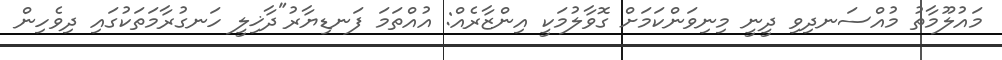
މައުލޫމާތު މުއްސަނދިވި ދީނީ މިނިވަންކަމަށް ގޮވާލުމަކީ އިންޒާރެއް: އުއްތަމަ ފަނޑިޔާރު"ދާޚިލީ ހަނގުރާމަތަކުގައި ދިވެހިން